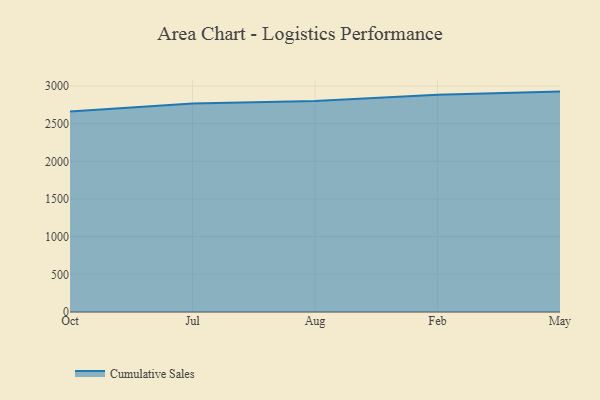
{"axis": {"x": "Month", "y": "Revenue (USD Million)"}, "legend": ["Cumulative Sales"], "data": [{"x": "Oct", "y": 2661.8, "type": "Cumulative Sales"}, {"x": "Jul", "y": 2768.5, "type": "Cumulative Sales"}, {"x": "Aug", "y": 2800.7, "type": "Cumulative Sales"}, {"x": "Feb", "y": 2883.4, "type": "Cumulative Sales"}, {"x": "May", "y": 2925.7, "type": "Cumulative Sales"}]}